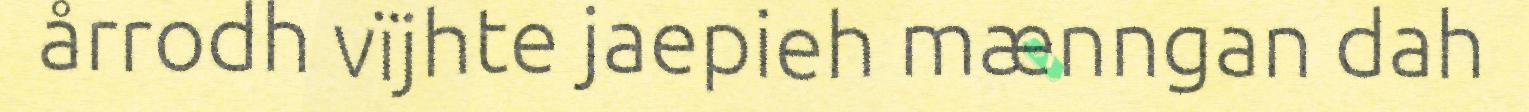
årrodh vïjhte jaepieh mænngan dah